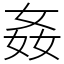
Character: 姦